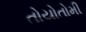
તોયોતોમી